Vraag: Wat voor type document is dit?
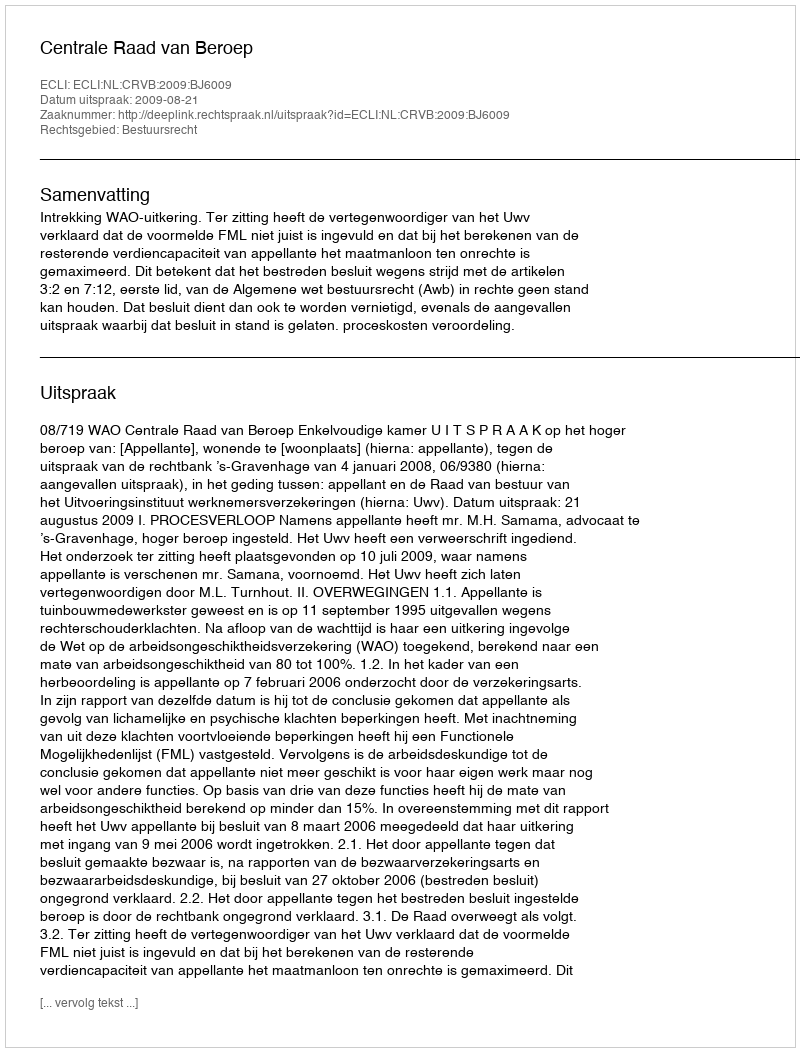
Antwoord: Uitspraak